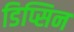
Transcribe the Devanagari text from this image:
डिप्सिन